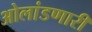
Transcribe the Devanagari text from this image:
ओलांडणारी